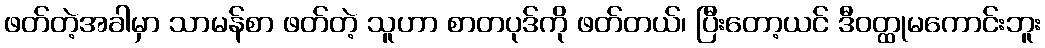
ဖတ်တဲ့အခါမှာ သာမန်စာ ဖတ်တဲ့ သူဟာ စာတပုဒ်ကို ဖတ်တယ်၊ ပြီးတော့ယင် ဒီဝတ္ထုမကောင်းဘူး